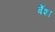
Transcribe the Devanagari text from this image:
बेँशा